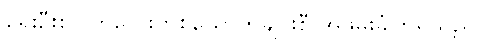
ရှေးဦးစွာ ကလေးတစ်ယောက်ချင်းစီ အဖမ်းခံကြရသည်။